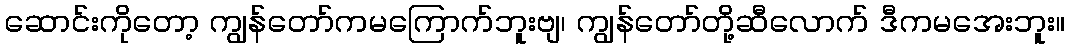
ဆောင်းကိုတော့ ကျွန်တော်ကမကြောက်ဘူးဗျ၊ ကျွန်တော်တို့ဆီလောက် ဒီကမအေးဘူး။